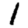
Digit: 1